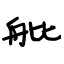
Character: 舭